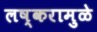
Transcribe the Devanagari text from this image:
लष्करामुळे